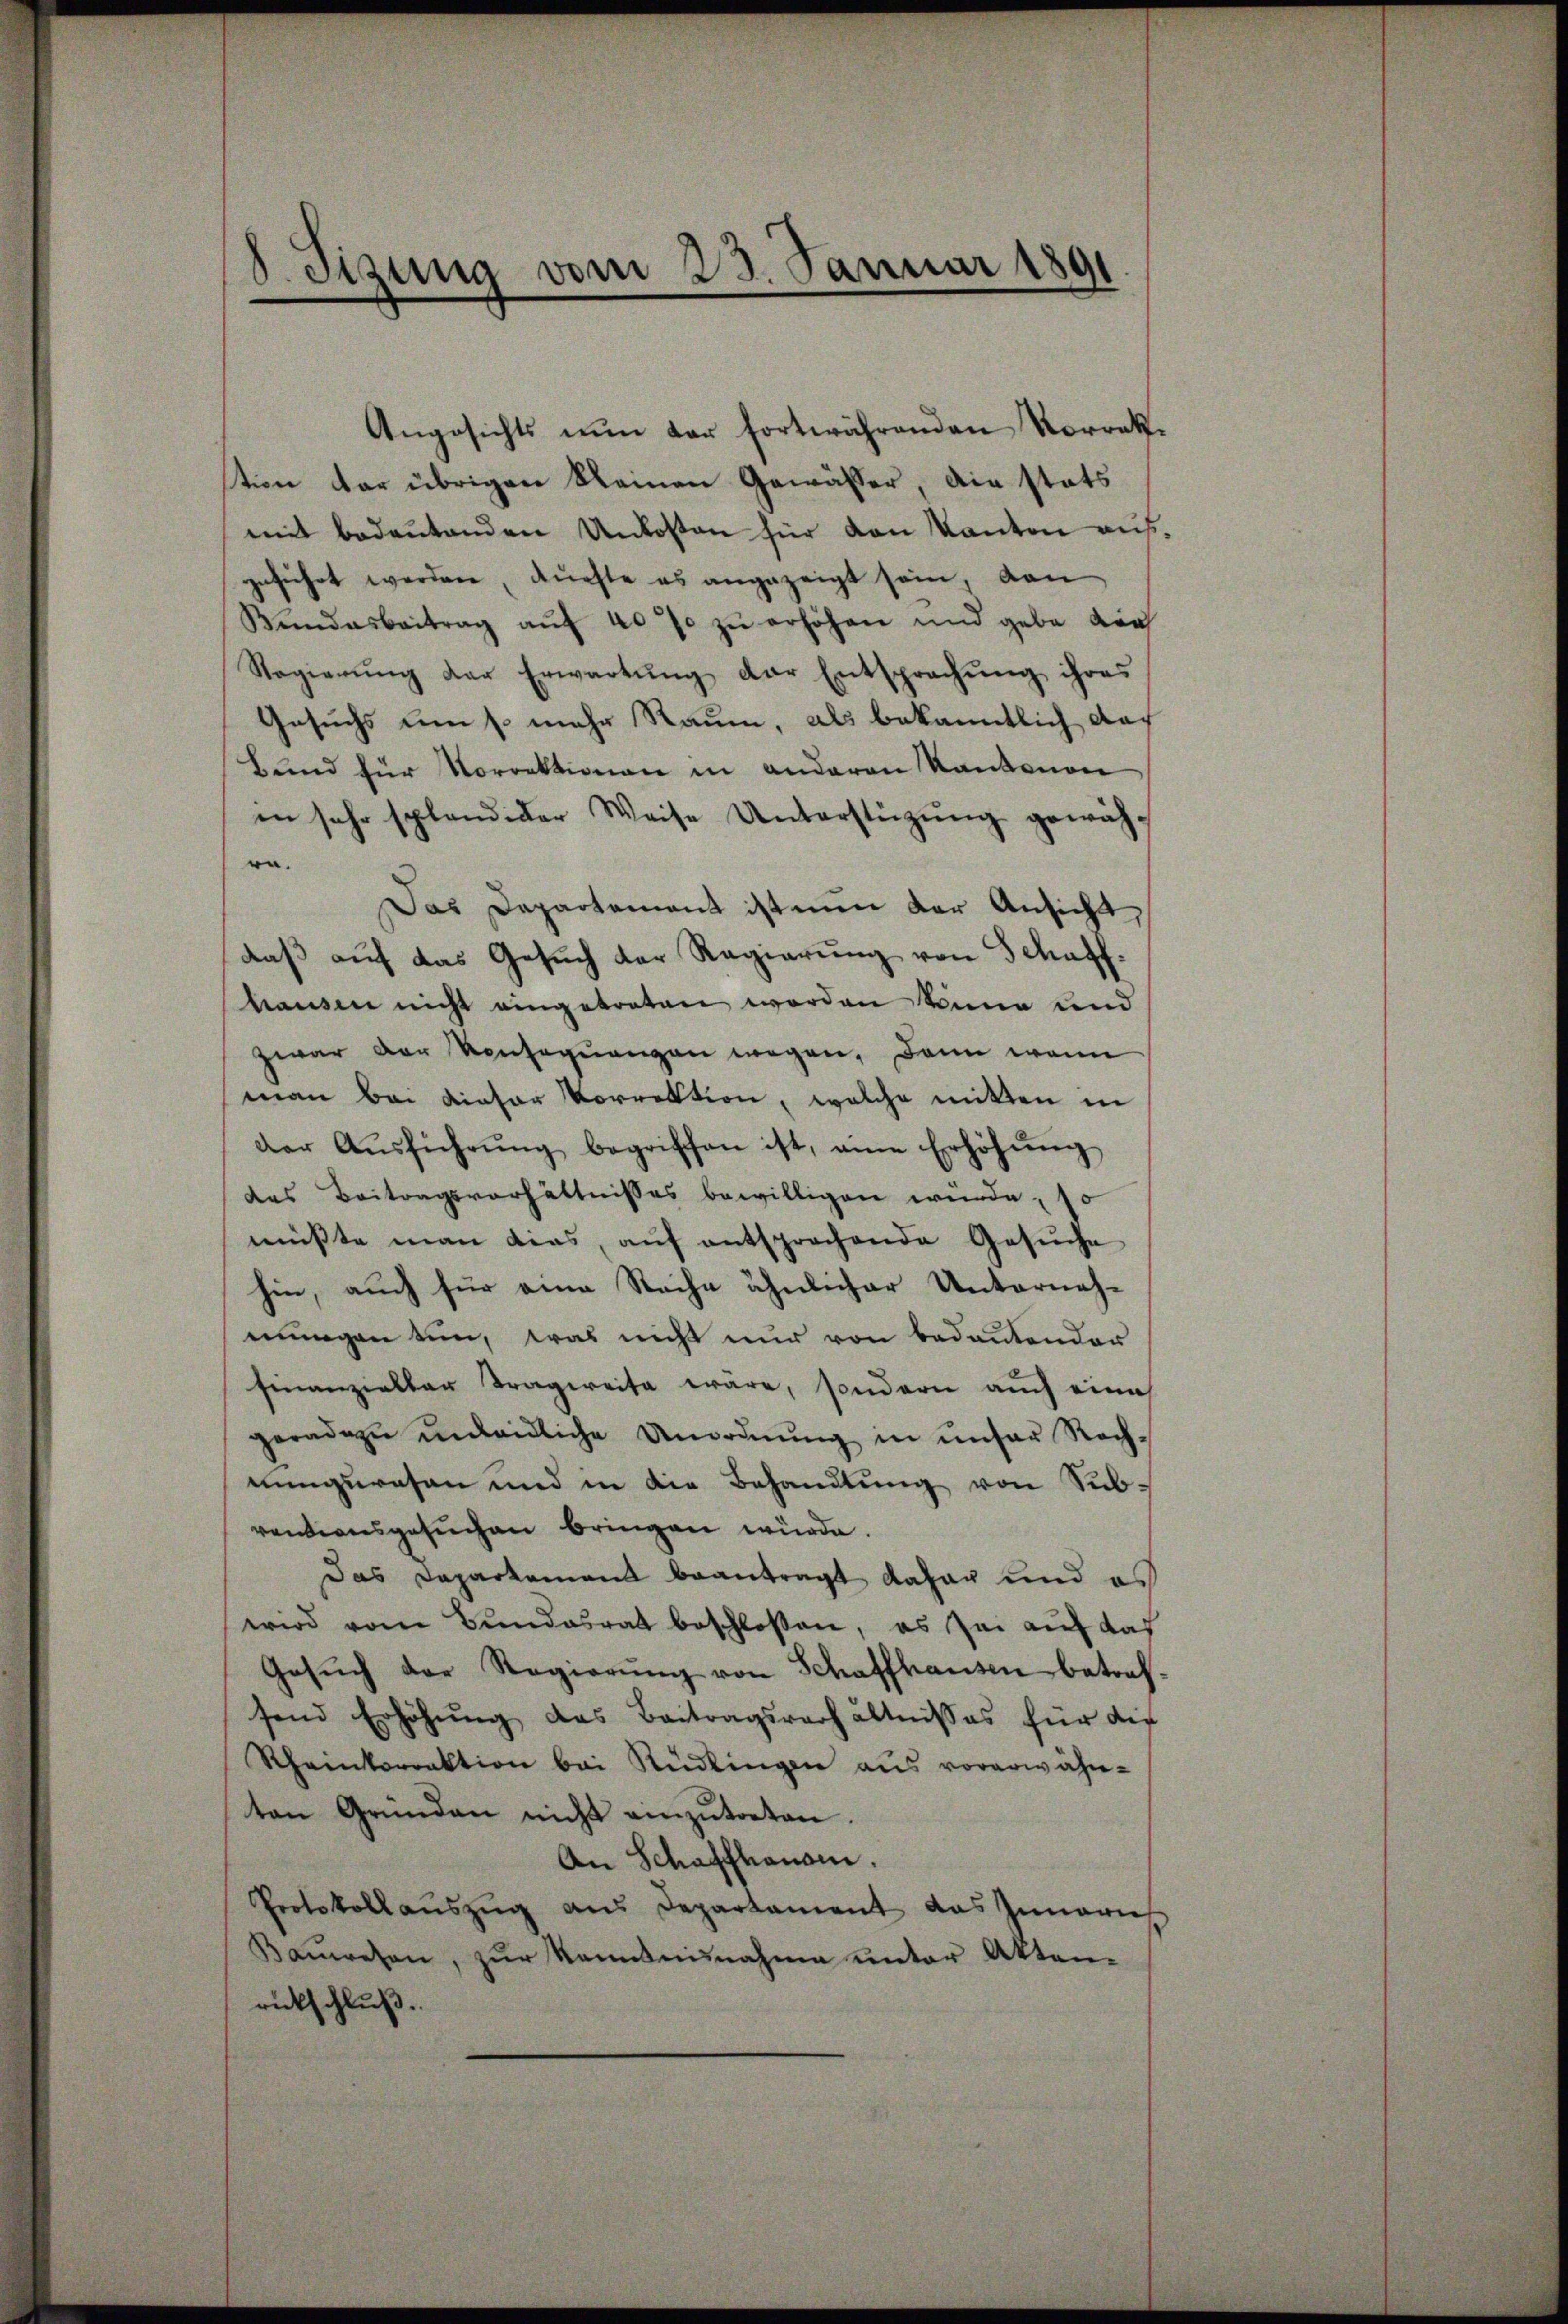
8. Sizung vom 23. Januar 1891

Angesichts nŭn der fortwährenden Korrek
tion der übrigen kleinen Gewässer, die stats
mit bedeŭtenden Unkosten für von Kanton aus
geführt werden, Fürste es angezeigt sein, dan
Bundesbeitrag aŭf 20 % zŭ erhöhen und gebe der
Regierŭng der Erwartŭng der Entsprachŭng ihres
Gesuchs um so mehr Raum, als bekanntlich dach
Bund für Vorrektionen in anderen Kantonon
en sehr splandider Weise Unterstützung gewähra.
Das Departement ist nun der Ansicht
daß auf das Gesuch der Regierung von Schaffhausen nicht eingetraten worden könne und
zwar der Konsequengen wegen, dann wenn
man bei dieser Vorrektion, welche mitten in
der Aŭsführŭng begriffen ist, eine Erhöhŭng
das Beitragsverhältnisses bewilligen würde, so
müßte man dies, auf entsprochende Gesuche
hin, auch für eine Sache ähnlicher Unterneh-
mungen tun, was nicht nur von bedeutender
finanzieller Tragweite wäre, sondern auch eine
geradezu unweidliche Unordnŭng in unser Rechnungsresen und in die Behandlung von Subventionsgesuchen bringen würde.
Das Departement beantragt daher und es
wird vom Bundesrat beschloßen, es sei auf das
Gesŭch der Regierŭng von Schaffhausen betraf
send Erhöhŭng des Beitragsrechältnisses für die
Rheinkorrektion bei Rüdlingen aus vorerwähn-
ten Gründen nicht einzŭtreten.
An Schaffhause.
Protokollaŭszŭg aŭs Departament das Innerne
Bauwesen, zur Kenntnisnahme unter Aktenrückschluß.